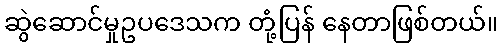
ဆွဲဆောင်မှုဥပဒေသက တုံ့ပြန် နေတာဖြစ်တယ်။